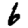
Digit: 6